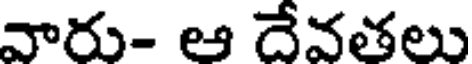
వారు- ఆ దేవతలు